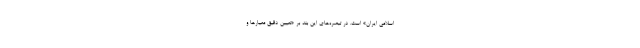
اسلامی ایران» است. در تبصره‌های این بند بر «تعیین دقیق معیارها و